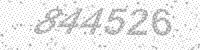
Solution: 844526